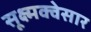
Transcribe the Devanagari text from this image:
सूक्ष्मक्वेसार